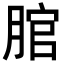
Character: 𦜐